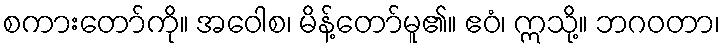
စကားတော်ကို။ အဝေါစ၊ မိန့်တော်မူ၏။ ဧဝံ၊ ဣသို့။ ဘဂဝတာ၊